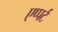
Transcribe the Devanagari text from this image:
एप्पर्ट